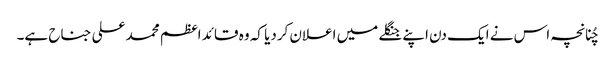
چُنانچہ اس نے ایک دن اپنے جنگلے میں اعلان کردیا کہ وہ قائد اعظم محمد علی جناح ہے۔